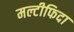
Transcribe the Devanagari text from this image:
मल्टीफिदा